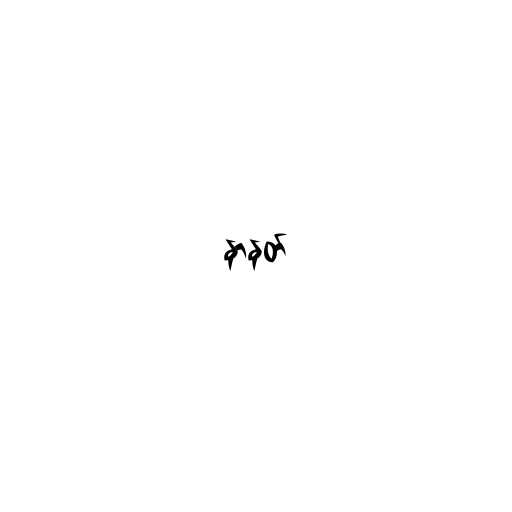
နာနတ်